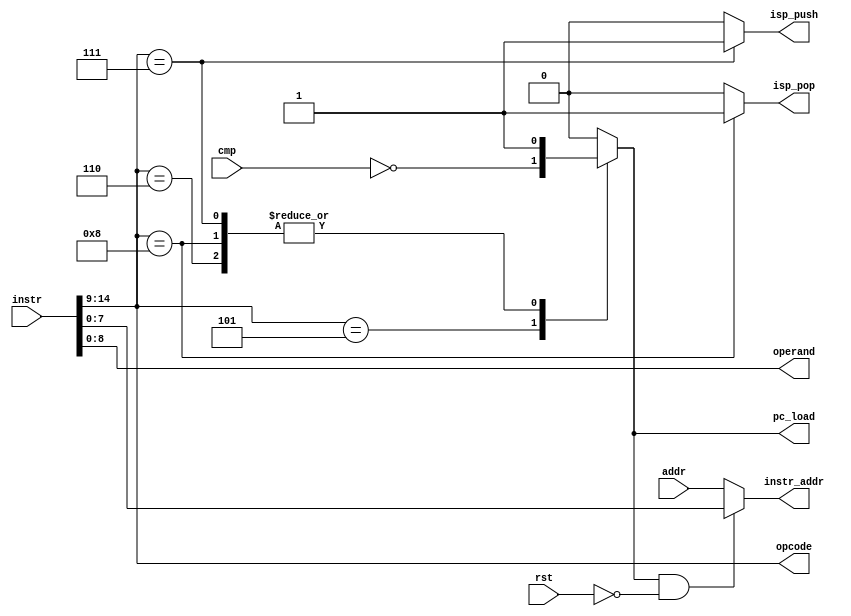
module prefetch
#
(
	parameter MINSTW = 8,
	parameter NBOPCO = 6,
	parameter NBOPER = 9
)
(
	input                          rst,
	input      [MINSTW       -1:0] addr,
	output     [NBOPCO       -1:0] opcode,
	output     [NBOPER       -1:0] operand,

	input      [NBOPCO+NBOPER-1:0] instr,
	output     [MINSTW       -1:0] instr_addr,

	output reg                     pc_load,
	input                          cmp,

	output reg                     isp_push,
	output reg                     isp_pop
);

assign opcode     =  instr[NBOPCO+NBOPER-1:NBOPER];
assign operand    =  instr[NBOPER       -1:     0];
assign instr_addr = (pc_load & ~rst) ? operand[MINSTW-1:0] : addr;

wire acc_is_zero = (cmp == 1'b0);

always @ (*) begin
	case (opcode)
		5       : begin
						pc_load  <=  acc_is_zero;  // JZ
						isp_push <=         1'b0;
						isp_pop  <=         1'b0;
					 end
		6       : begin
						pc_load  <=         1'b1;  // JMP
						isp_push <=         1'b0;
						isp_pop  <=         1'b0;
					 end
		7       : begin
						pc_load  <=         1'b1;  // CALL
						isp_push <=         1'b1;
						isp_pop  <=         1'b0;
					 end
		8       : begin
						pc_load  <=         1'b1;  // RETURN
						isp_push <=         1'b0;
						isp_pop  <=         1'b1;
					 end
		default : begin
						pc_load  <=         1'b0;
						isp_push <=         1'b0;
						isp_pop  <=         1'b0;
					 end
	endcase
end

endmodule